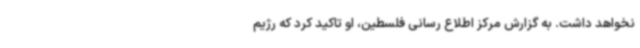
نخواهد داشت. به گزارش مرکز اطلاع رسانی فلسطین، او تاکید کرد که رژیم